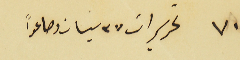
٧٠ تحريرات ٢٧ نيسان وصاعداً